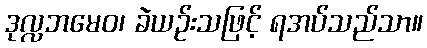
ဒုလ္လဘမေဝ၊ ခဲယဉ်းသဖြင့် ရအပ်သည်သာ။